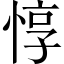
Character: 惇